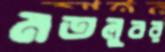
মতলুবর